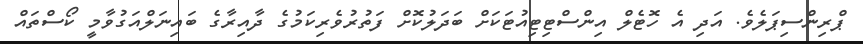
ޕްރިންސިޕަލެވެ. އަދި އެ ހޮޓެލް އިންސްޓިޓިއުޓަކަށް ބަދަލުކޮށް ފަތުރުވެރިކަމުގެ ދާއިރާގެ ބައިނަލްއަގުވާމީ ކޯސްތައް